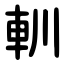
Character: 䡅